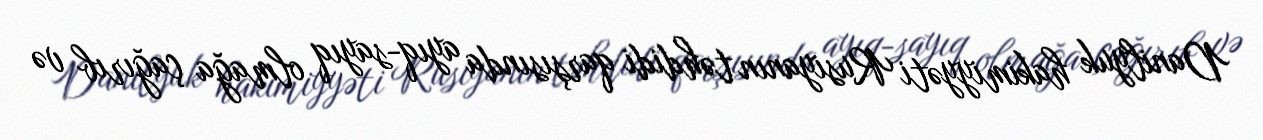
Danilyuk hakimiyyəti Rusiyanın təhdidi qarşısında ayıq-sayıq olmağa çağırıb və